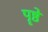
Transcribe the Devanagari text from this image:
पॄष्ठे